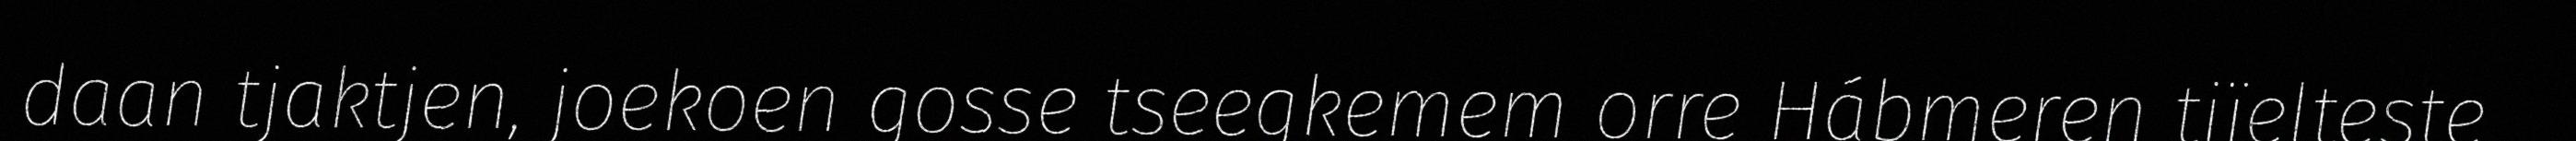
daan tjaktjen, joekoen gosse tseegkemem orre Hábmeren tjïelteste